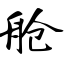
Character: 舱